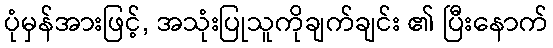
ပုံမှန်အားဖြင့်, အသုံးပြုသူကိုချက်ချင်း ၏ ပြီးနောက်